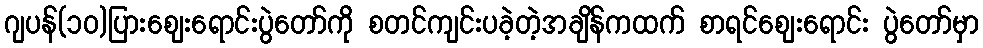
ဂျပန်(၁၀)ပြားဈေးရောင်းပွဲတော်ကို စတင်ကျင်းပခဲ့တဲ့အချိန်ကထက် စာရင်ဈေးရောင်း ပွဲတော်မှာ